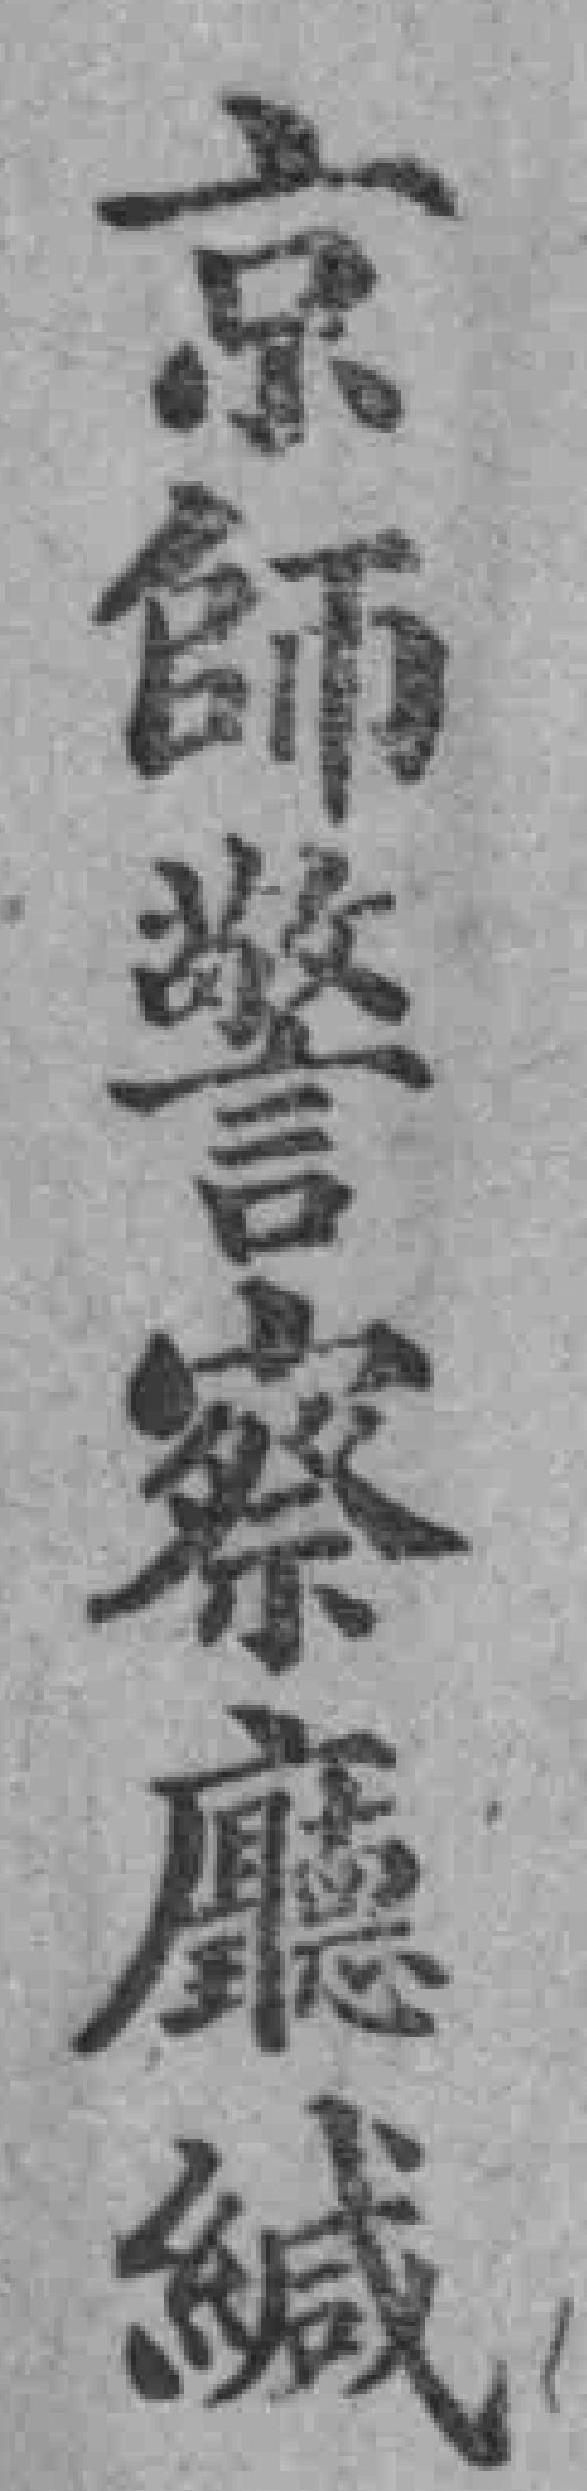
京師警察廳緘